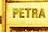
petra